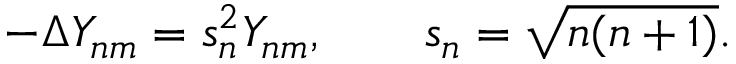
- \Delta Y _ { n m } = s _ { n } ^ { 2 } { Y _ { n m } } , \qquad s _ { n } = \sqrt { n ( n + 1 ) } .